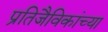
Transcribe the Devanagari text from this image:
प्रतिजैविकांच्या